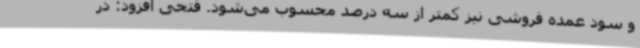
و سود عمده فروشی نیز کمتر از سه درصد محسوب می‌شود. فتحی افزود: در